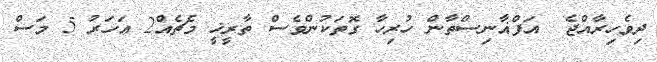
ދިވެހިރާއްޖެ  އަފްޣާނިސްތާން ހުރިހާ ގޮތަކުންވެސް ތާރީޚީ މެޗެއް2 އަހަރު 5 މަސް